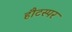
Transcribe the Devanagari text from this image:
हौटस्पर